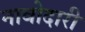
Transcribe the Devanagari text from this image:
नावोदारी